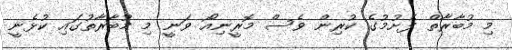
މި މުބާރާތް ފެށުމުގެ ކުރިން ވެސް މޮރީނިއޯ ވަނީ މި މުބާރާތުގައި ކުޅެނީ